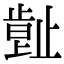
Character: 𣦕